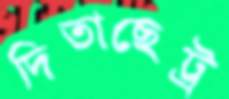
দিতাছেট্র